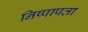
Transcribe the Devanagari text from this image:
निष्पापता